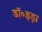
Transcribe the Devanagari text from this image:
डॉ॰इड़ा